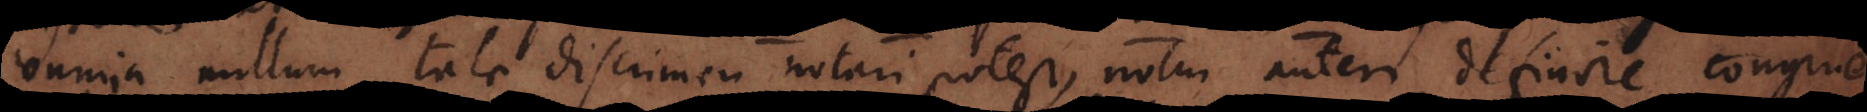
omnia nullum tale discrimen notari potest, nolui autem definire congruent